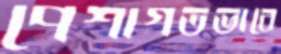
পেশাগতভাবে